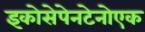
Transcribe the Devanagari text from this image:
इकोसेपेनटेनोएक